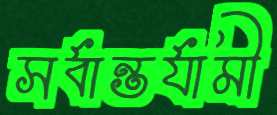
সর্বান্তর্যামী